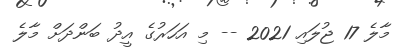
މާލެ 17 ޖުލައި 2021 -- މި އަހަރުގެ އީދު ބަންދަށް މާލެ